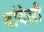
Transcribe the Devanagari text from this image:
दांदेली